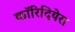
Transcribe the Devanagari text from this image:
कॉरिदियेरा